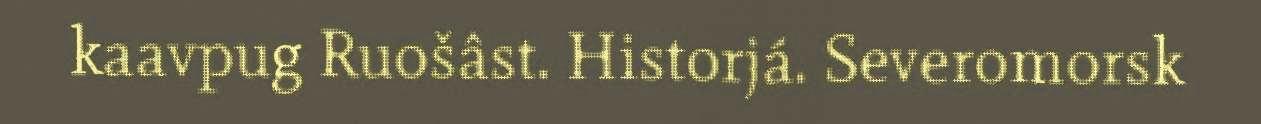
kaavpug Ruošâst. Historjá. Severomorsk